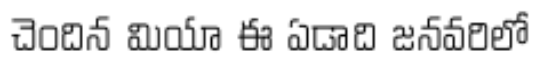
చెందిన మియా ఈ ఏడాది జనవరిలో